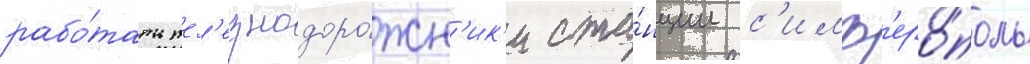
рабо́тать жел'езнодоро́жн'ик'и ста́нции с'имф'еро́поль